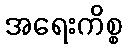
အရေးကိစ္စ